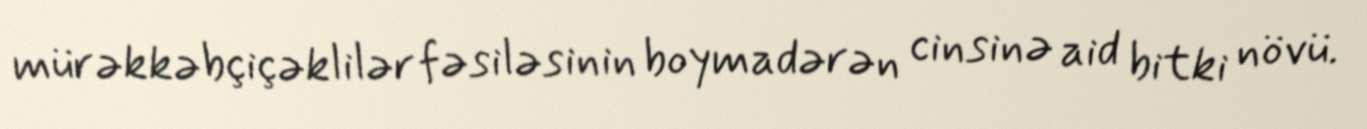
mürəkkəbçiçəklilər fəsiləsinin boymadərən cinsinə aid bitki növü.